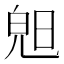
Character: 𣇙